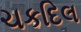
ચકદિલ